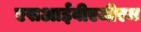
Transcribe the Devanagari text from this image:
एसआईवीएजीएम